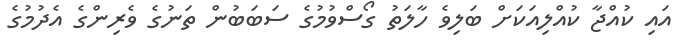
އައި ކުއްޖާ ކުއްލިއަކަށް ބަލިވެ ހާލަތު ގޯސްވުމުގެ ސަބަބުން ތަނުގެ ވެރިންގެ އެދުމުގެ